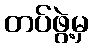
တပ်ဖွဲ့မှ